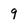
Character: 9